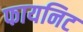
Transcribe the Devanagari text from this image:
फायनिट